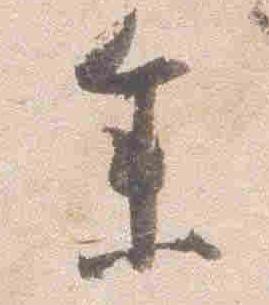
参